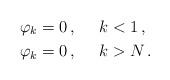
LaTeX: \begin{align*}\varphi_{k}=0\,,\quad\ k&<1\,,\\\varphi_{k}=0\,,\quad\ k&>N\,.\end{align*}